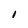
Character: I